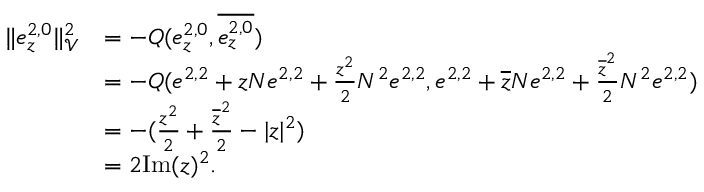
\begin{array} { r l } { \| e _ { z } ^ { 2 , 0 } \| _ { \mathcal { V } } ^ { 2 } } & { = - Q ( e _ { z } ^ { 2 , 0 } , \overline { { e _ { z } ^ { 2 , 0 } } } ) } \\ & { = - Q ( e ^ { 2 , 2 } + z N e ^ { 2 , 2 } + \frac { z ^ { 2 } } { 2 } N ^ { 2 } e ^ { 2 , 2 } , e ^ { 2 , 2 } + \overline { { z } } N e ^ { 2 , 2 } + \frac { \overline { { z } } ^ { 2 } } { 2 } N ^ { 2 } e ^ { 2 , 2 } ) } \\ & { = - ( \frac { z ^ { 2 } } { 2 } + \frac { \overline { { z } } ^ { 2 } } { 2 } - | z | ^ { 2 } ) } \\ & { = 2 \mathrm { I m } ( z ) ^ { 2 } . } \end{array}